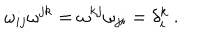
LaTeX: \omega _ { i j } \omega ^ { j k } = \omega ^ { k j } \omega _ { j i } = \delta _ { i } ^ { k } \ .